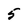
Character: 5